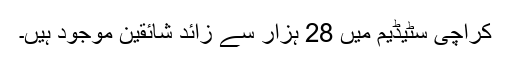
کراچی سٹیڈیم میں 28 ہزار سے زائد شائقین موجود ہیں۔